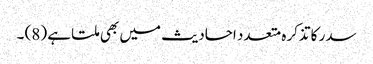
سدر کا تذکرہ متعدد احادیث میں بھی ملتا ہے (8) ۔